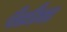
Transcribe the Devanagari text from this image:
पैस्कैल